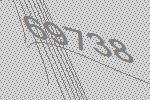
69738